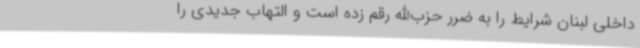
داخلی لبنان شرایط را به ضرر حزب‌الله رقم زده است و التهاب جدیدی‌ را